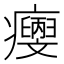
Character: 𤼄